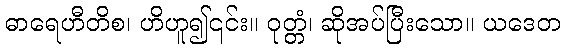
ဓာရေဟီတိစ၊ ဟိဟူ၍၎င်း။ ဝုတ္တံ၊ ဆိုအပ်ပြီးသော။ ယဒေတ